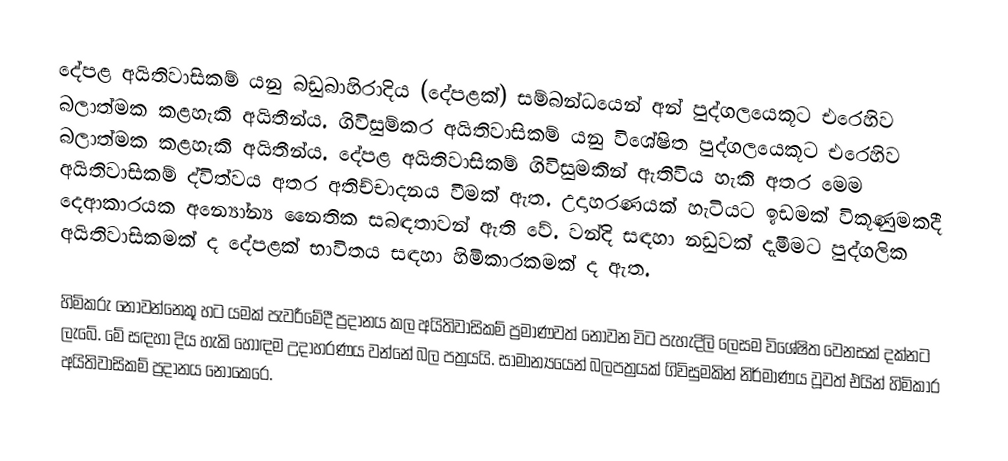
දේපළ අයිතිවාසිකම් යනු බඩුබාහිරාදිය (දේපළක්) සම්බන්ධයෙන් අන් පුද්ගලයෙකූට එරෙහිව බලාත්මක කළහැකි අයිතීන්ය. ගිවිසුම්කර අයිතිවාසිකම් යනු විශේෂිත පුද්ගලයෙකූට එරෙහිව බලාත්මක කළහැකි අයිතීන්ය. දේපළ අයිතිවාසිකම් ගිවිසුමකින් ඇතිවිය හැකි අතර මෙම අයිතිවාසිකම් ද්විත්වය අතර අතිච්චාදනය වීමක් ඇත. උදාහරණයක් හැටියට ඉඩමක් විකූණුමකදී දෙආකාරයක අන්‍යෝන්‍ය නෛතික සබඳතාවන් ඇති වේ. වන්දි සඳහා නඩුවක් දැමීමට පුද්ගලික අයිතිවාසිකමක් ද දේපළක් භාවිතය සඳහා හිමිකාරකමක් ද ඇත.

හිමිකරු නොවන්නෙකූ හට යමක් පැවරීමේදී ප්‍රදානය කල අයිතිවාසිකම් ප්‍රමාණවත් නොවන විට පැහැදිලි ලෙසම විශේෂිත වෙනසක් දක්නට ලැබේ. මේ සඳහා දිය හැකි හොඳම උදාහරණය වන්නේ බල පත්‍රයයි. සාමාන්‍යයෙන් බලපත්‍රයක් ගිවිසුමකින් නිර්මාණය වූවත් එයින් හිමිකාර අයිතිවාසිකම් ප්‍රදානය නොකෙරෙ.